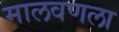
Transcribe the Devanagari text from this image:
मालवणला